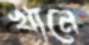
খানে